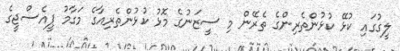
ލީގުގައި ކުޅޭ ކުޅުންތެރިންގެ ތެރޭން މި ސީޒަނުގެ މޮޅު ކުޅުންތެރިއާގެ މަގާމު ޕީއެސްޖީގެ